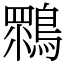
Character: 䳴